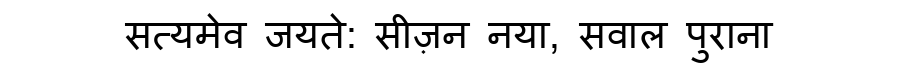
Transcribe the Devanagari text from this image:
सत्यमेव जयते: सीज़न नया, सवाल पुराना